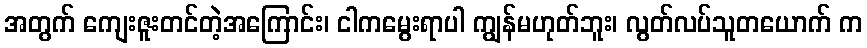
အတွက် ကျေးဇူးတင်တဲ့အကြောင်း၊ ငါကမွေးရာပါ ကျွန်မဟုတ်ဘူး၊ လွတ်လပ်သူတယောက် က